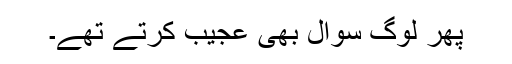
پھر لوگ سوال بھی عجیب کرتے تھے۔